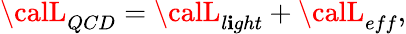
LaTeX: {\calL}_{QCD}={\calL}_{l\mathbf{i}ght}+{\calL}_{eff},